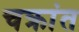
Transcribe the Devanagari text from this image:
चक्रांत